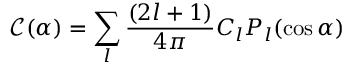
{ \mathcal C } ( \alpha ) = \sum _ { l } { \frac { ( 2 l + 1 ) } { 4 \pi } } C _ { l } P _ { l } ( \cos \alpha )